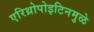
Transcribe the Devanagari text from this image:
एरिथ्रोपोइटिनमुळे